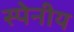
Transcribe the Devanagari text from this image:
स्पेनीय